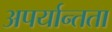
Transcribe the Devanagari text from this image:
अपर्यान्तता